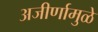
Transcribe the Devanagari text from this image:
अजीर्णामुळे